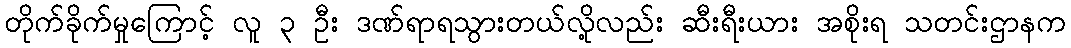
တိုက်ခိုက်မှုကြောင့် လူ ၃ ဦး ဒဏ်ရာရသွားတယ်လို့လည်း ဆီးရီးယား အစိုးရ သတင်းဌာနက